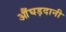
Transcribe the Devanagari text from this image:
औंघड़दानी